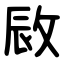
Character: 敐